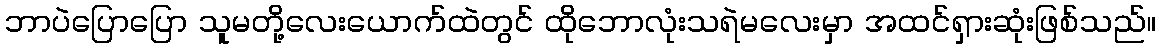
ဘာပဲပြောပြော သူမတို့လေးယောက်ထဲတွင် ထိုဘောလုံးသရဲမလေးမှာ အထင်ရှားဆုံးဖြစ်သည်။